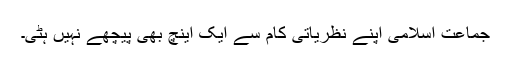
جماعت اسلامی اپنے نظریاتی کام سے ایک اینچ بھی پیچھے نہیں ہٹی۔